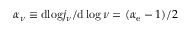
\alpha _ { \nu } \equiv \mathrm { d } { \log } j _ { \nu } / \mathrm { d } \log \nu = ( \alpha _ { \mathrm { e } } - 1 ) / 2